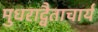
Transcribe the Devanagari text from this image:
मुधराद्वैताचार्य